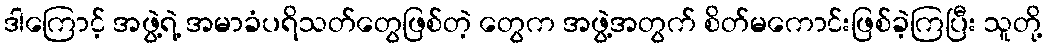
ဒါကြောင့် အဖွဲ့ရဲ့ အမာခံပရိသတ်တွေဖြစ်တဲ့ တွေက အဖွဲ့အတွက် စိတ်မကောင်းဖြစ်ခဲ့ကြပြီး သူတို့